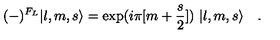
( - ) ^ { F _ { L } } | l , m , s \rangle = \exp ( i \pi [ m + { \frac { s } { 2 } } ] ) \ | l , m , s \rangle \quad .